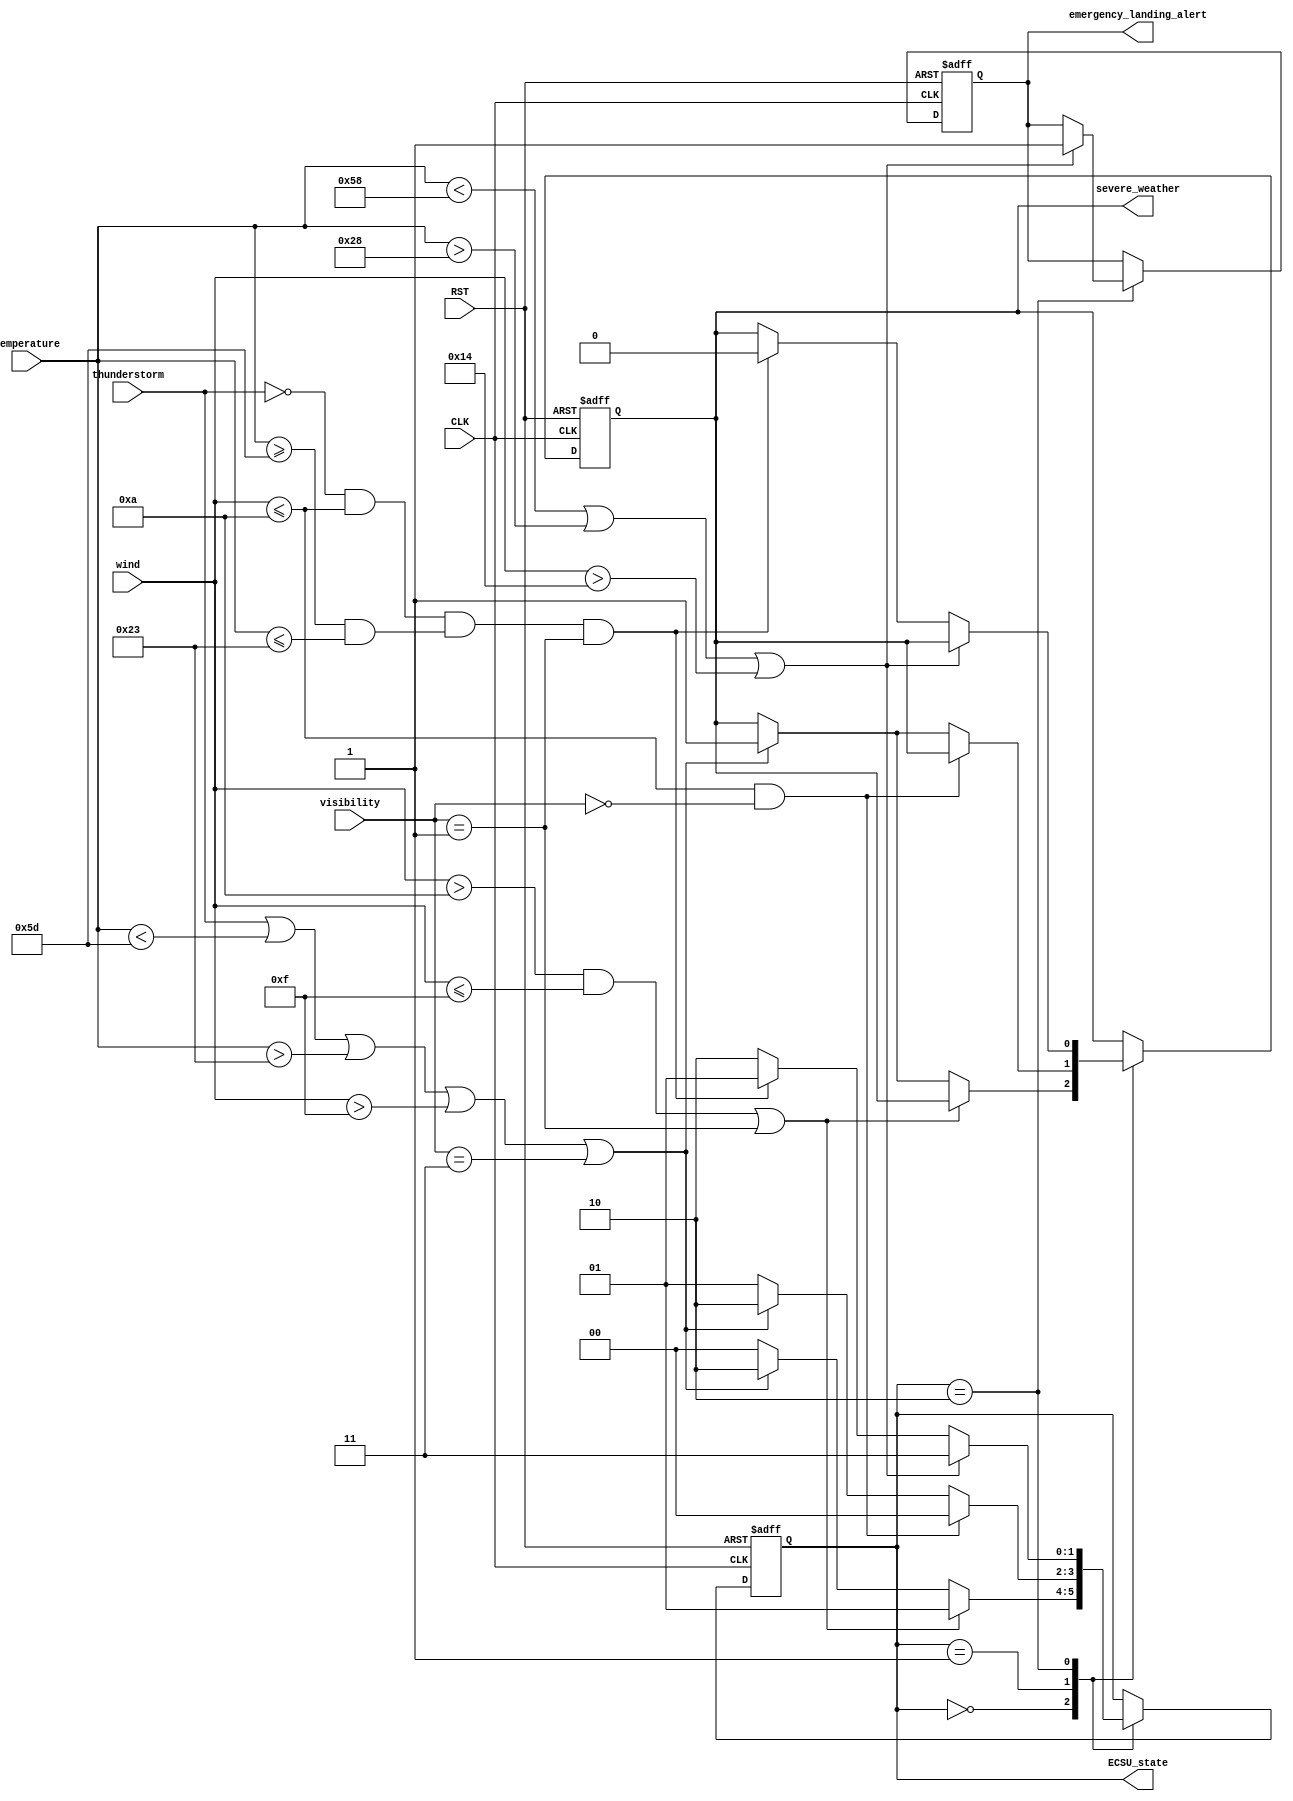
`timescale 1us / 1ps

module ECSU(
    input CLK,
    input RST,
    input thunderstorm,
    input [5:0] wind,
    input [1:0] visibility,
    input signed [7:0] temperature,
    output reg severe_weather,
    output reg emergency_landing_alert,
    output reg [1:0] ECSU_state
);

always @(posedge CLK or posedge RST) begin
    if (RST) begin
        severe_weather <= 0;
        emergency_landing_alert <= 0;
        ECSU_state <= 0;
    end
    else begin
        case (ECSU_state)
            0: begin
                if ((wind > 10 && wind <= 15) || (visibility == 1)) begin
                    ECSU_state <= 1;
                end
                else if (thunderstorm || temperature < -35 || temperature > 35 || wind > 15 || visibility == 3) begin
                    severe_weather <= 1;
                    ECSU_state <= 2;
                end
                else begin
                    ECSU_state <= 0;
                end 
            end

            1: begin
                if (wind <= 10 && visibility == 0) begin
                    ECSU_state <= 0;
                end 
                else if (thunderstorm || temperature < -35 || temperature > 35 || wind > 15 || visibility == 3) begin
                    severe_weather <= 1;
                    ECSU_state <= 2;
                end
                else begin
                    ECSU_state <= 1;
                end
            end

            2: begin
                if (temperature < -40 || temperature > 40 || wind > 20) begin
                    emergency_landing_alert <= 1;
                    ECSU_state <= 3;
                end
                else if(thunderstorm == 0 && wind <=10 && (temperature >= -35 && temperature <=35) && visibility == 1) begin
                    severe_weather <= 0;
                    ECSU_state <= 1;
                end
                else begin
                    ECSU_state <= 2;
                end
            end

            3: begin
                // No state change
            end

            default: begin
                // Hata durumu, burada gerekirse klar gncelleyebilirsiniz.
            end
        endcase
    end
end

endmodule